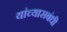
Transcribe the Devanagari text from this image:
यांच्यासबंधी